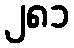
၂၈၁